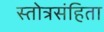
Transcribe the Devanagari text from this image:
स्तोत्रसंहिता